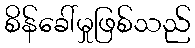
စိန်ခေါ်မှုဖြစ်သည်